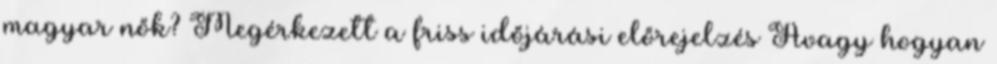
magyar nők? Megérkezett a friss időjárási előrejelzés Avagy hogyan